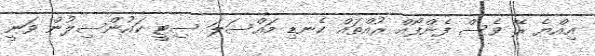
އިއްޔެ ރޭ ވެސް ފެންފޯއް ރުއްތައް ކެނޑި މައްސަލަ ސިޓީ ކައުންސިލުން ވަނީ